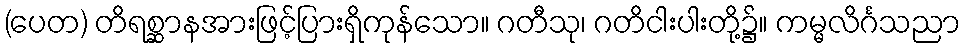
(ပေတ) တိရစ္ဆာနအားဖြင့်ပြားရှိကုန်သော။ ဂတီသု၊ ဂတိငါးပါးတို့၌။ ကမ္မလိင်္ဂသညာ